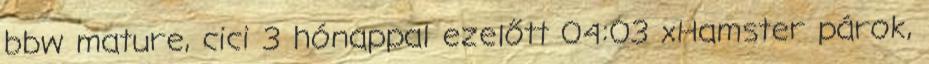
bbw mature, cici 3 hónappal ezelőtt 04:03 xHamster párok,